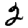
Digit: 2